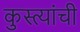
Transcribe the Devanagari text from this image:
कुस्त्यांची